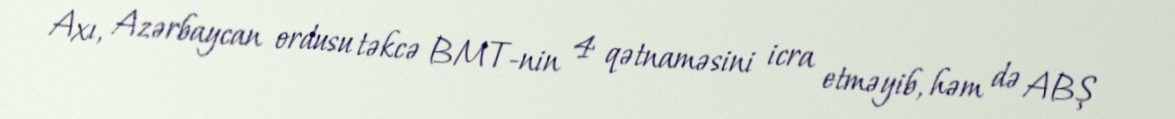
Axı, Azərbaycan ordusu təkcə BMT-nin 4 qətnaməsini icra etməyib, həm də ABŞ